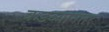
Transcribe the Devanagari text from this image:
कडव्यानंतर